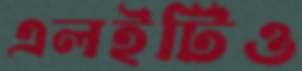
এলইটিও